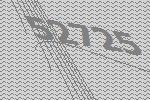
52725